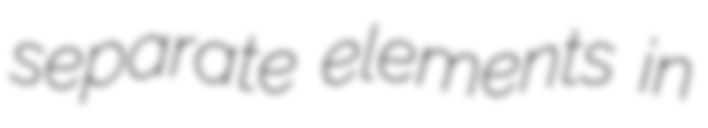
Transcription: separate elements in